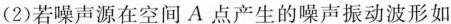
(2) 若噪声源在空间A点产生的噪声振动波形如